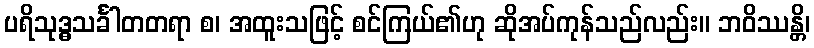
ပရိသုဒ္ဓသင်္ခါတတရာ စ၊ အထူးသဖြင့် စင်ကြယ်၏ဟု ဆိုအပ်ကုန်သည်လည်း။ ဘဝိဿန္တိ၊